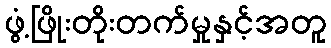
ဖွံ့ဖြိုးတိုးတက်မှုနှင့်အတူ